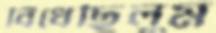
বিঁধেছিলুম